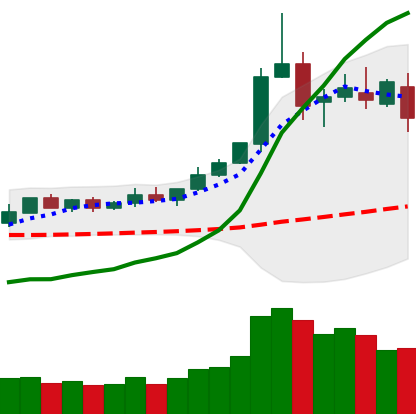
Ticker: DOGE-USD
Chart end date: 2020-02-15
Forward return: -8.938%
Label: down_7plus